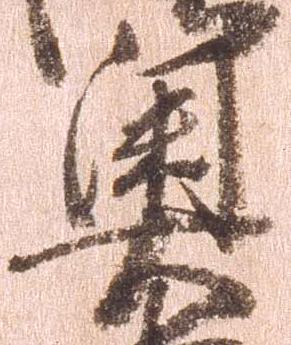
奥